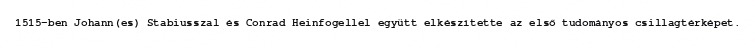
1515-ben Johann(es) Stabiusszal és Conrad Heinfogellel együtt elkészítette az első tudományos csillagtérképet.